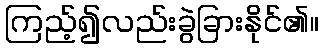
ကြည့်၍လည်းခွဲခြားနိုင်၏။